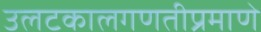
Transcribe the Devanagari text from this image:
उलटकालगणतीप्रमाणे